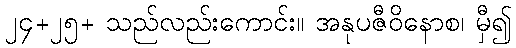
၂၄+၂၅+ သည်လည်းကောင်း။ အနုပဇီဝိနောစ၊ မှီ၍